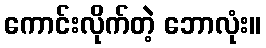
ကောင်းလိုက်တဲ့ ဘောလုံး။